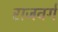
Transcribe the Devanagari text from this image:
राजवर्ग